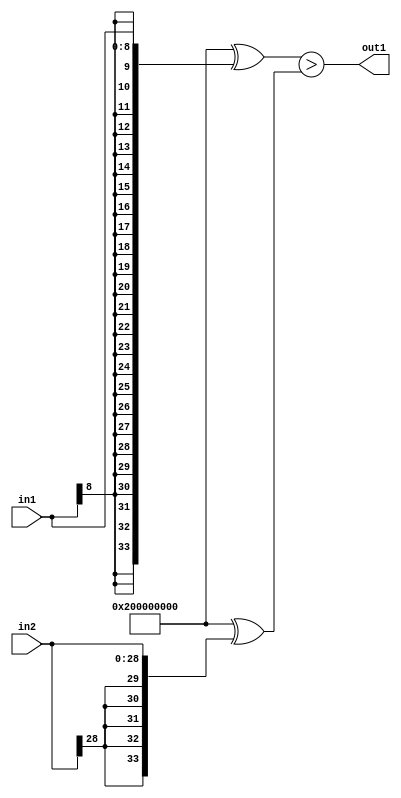
`timescale 1ps / 1ps
/*****************************************************************************
    Verilog RTL Description
    
    
    Created by: Stratus DpOpt 2019.1.01 
*******************************************************************************/

module GaussFilter_LessThan_29Sx9S_1U_1 (
	in2,
	in1,
	out1
	); /* architecture "behavioural" */ 
input [28:0] in2;
input [8:0] in1;
output  out1;
wire  asc001;

assign asc001 = ((34'B1000000000000000000000000000000000 ^ {{25{in1[8]}}, in1})>(34'B1000000000000000000000000000000000
    ^ {{5{in2[28]}}, in2}));

assign out1 = asc001;
endmodule

/* CADENCE  uLTwSgE= : u9/ySgnWtBlWxVPRXgAZ4Og= ** DO NOT EDIT THIS LINE ******/